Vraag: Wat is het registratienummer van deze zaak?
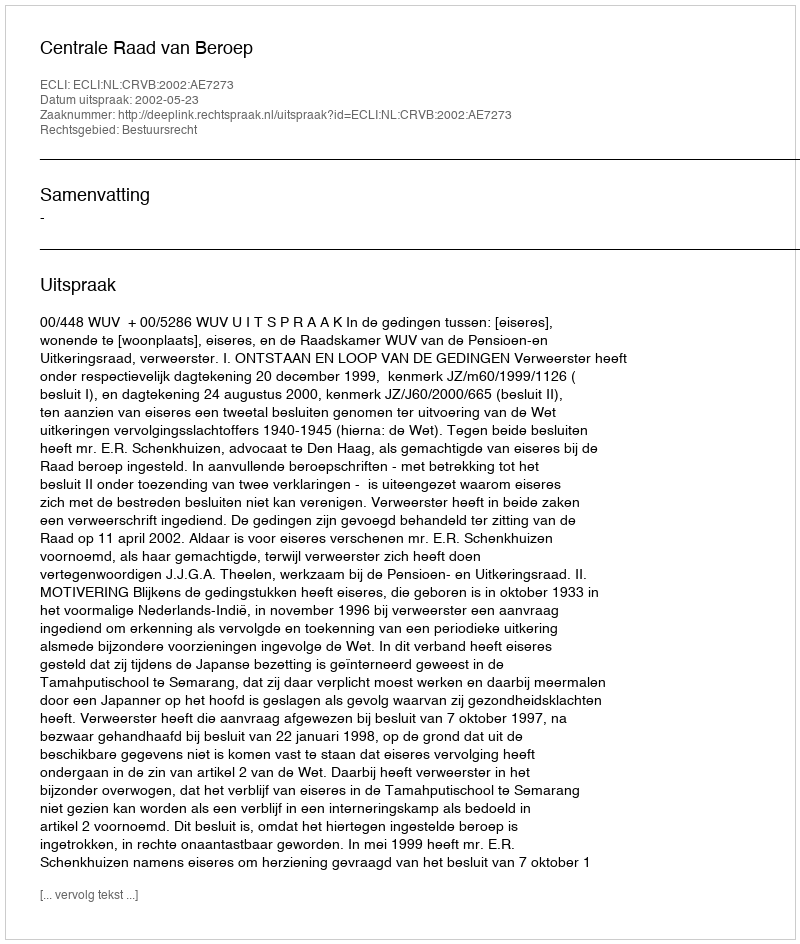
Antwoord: http://deeplink.rechtspraak.nl/uitspraak?id=ECLI:NL:CRVB:2002:AE7273